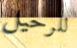
للرحيل